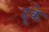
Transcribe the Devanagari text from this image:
टूके